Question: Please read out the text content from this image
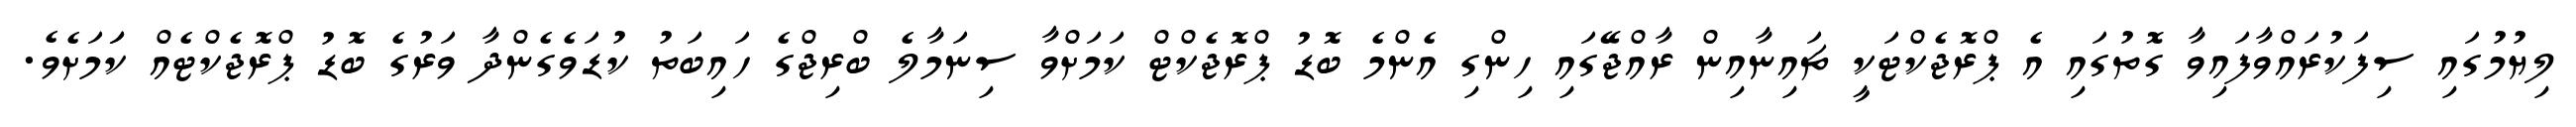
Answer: ލިޔުމުގައި ސިފަކުރައްވާފައިވާ ގޮތުގައި އެ ޕްރޮޖެކްޓަކީ ޗައިނާއިން ރާއްޖޭގައި ހިންގި އެންމެ ބޮޑު ޕްރޮޖެކްޓް ކަމަށްވާ ސިނަމާލެ ބްރިޖްގެ ހައިބަތު ކުޑަވެގެންދާ ވަރުގެ ބޮޑު ޕްރޮޖެކްޓެއް ކަަމަށެވެ.